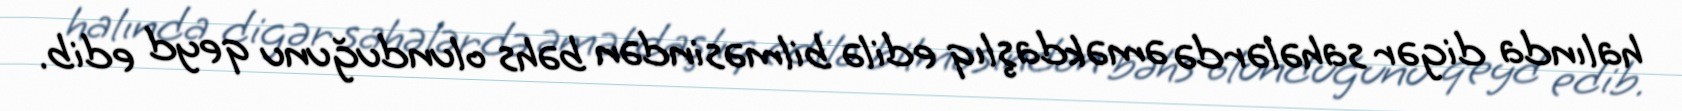
halında digər sahələrdə əməkdaşlıq edilə bilməsindən bəhs olunduğunu qeyd edib.